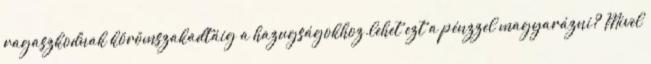
ragaszkodnak körömszakadtáig a hazugságokhoz.lehet ezt a pénzzel magyarázni? Mivel